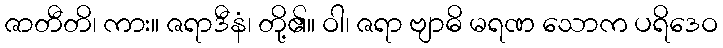
ဇာတီတိ၊ ကား။ ဇရာဒီနံ၊ တို့၏။ ဝါ၊ ဇရာ ဗျာဓိ မရဏ သောက ပရိဒေဝ